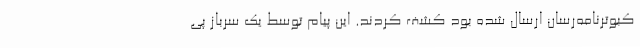
کبوترنامه‌رسان ارسال شده بود کشف کردند. این پیام توسط یک سرباز پی